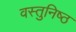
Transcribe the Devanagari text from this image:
वस्‍तुनिष्‍ठ